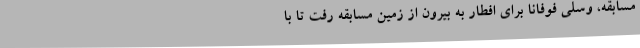
مسابقه، وسلی فوفانا برای افطار به بیرون از زمین مسابقه رفت تا با